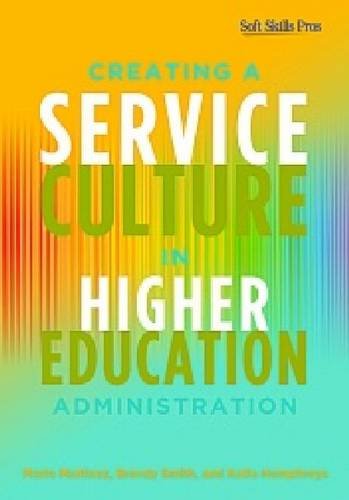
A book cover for Creating a Service Culture in Higher Education Administration; Mario C. Martinez; Education & Teaching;